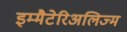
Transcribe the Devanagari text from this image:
इम्मैटेरिअलिज्म